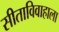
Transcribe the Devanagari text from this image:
सीताविवाहाला